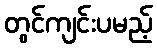
တွင်ကျင်းပမည့်